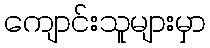
ကျောင်းသူများမှာ